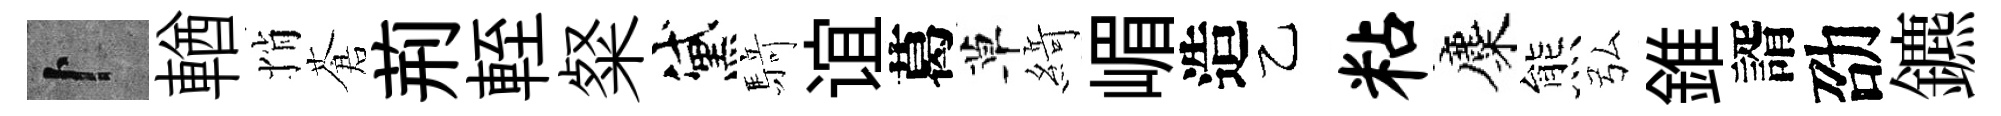
卜輶悄蒼荊輊粲黛𮪍谊葛草𦂶嵋造乙粘麋熊弘錐諝劭鑣